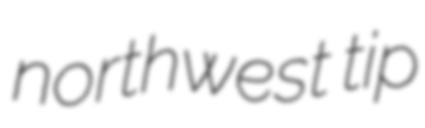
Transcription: northwest tip